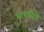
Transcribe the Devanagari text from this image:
भागविते